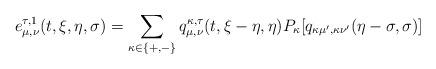
LaTeX: \begin{align*}e_{\mu, \nu}^{ \tau,1}(t,\xi,\eta,\sigma) = \sum_{\kappa\in\{+,-\}} q_{\mu, \nu}^{\kappa, \tau}(t,\xi-\eta, \eta) P_{\kappa}[q_{\kappa\mu',\kappa\nu'}(\eta-\sigma, \sigma)] \end{align*}